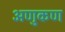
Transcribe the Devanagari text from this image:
अणुकण